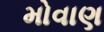
મોવાણ